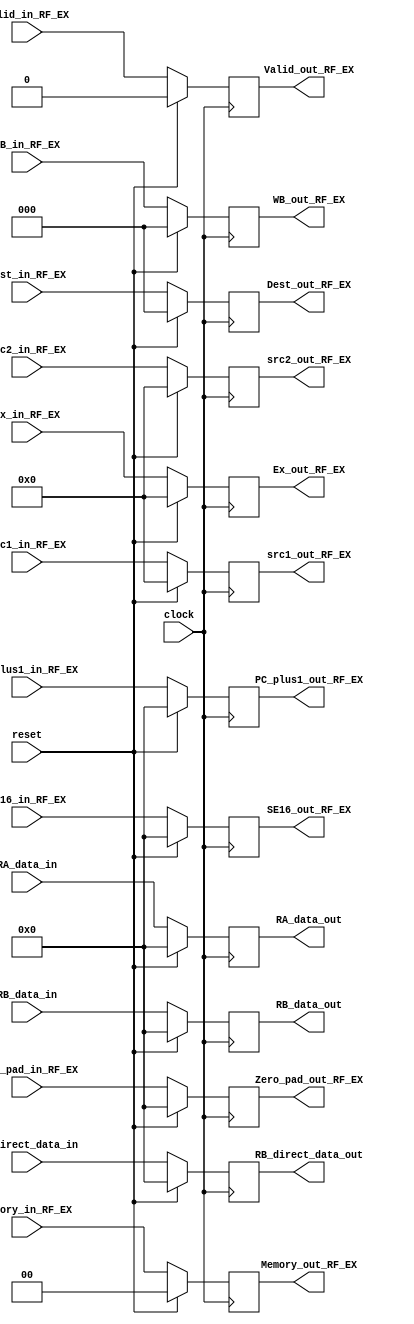
module RF_EX_reg
(
PC_plus1_out_RF_EX,
WB_out_RF_EX,
Memory_out_RF_EX,
Ex_out_RF_EX,
src1_out_RF_EX,
src2_out_RF_EX,
RA_data_out,
RB_data_out,
RB_direct_data_out,
SE16_out_RF_EX,
Zero_pad_out_RF_EX,
Dest_out_RF_EX,
Valid_out_RF_EX,

PC_plus1_in_RF_EX,
WB_in_RF_EX,
Memory_in_RF_EX,
Ex_in_RF_EX,
src1_in_RF_EX,
src2_in_RF_EX,
RA_data_in,
RB_data_in,
RB_direct_data_in,
SE16_in_RF_EX,
Zero_pad_in_RF_EX,
Dest_in_RF_EX,
Valid_in_RF_EX,
clock,
reset
);

output reg [15:0] PC_plus1_out_RF_EX;
output reg [2:0] WB_out_RF_EX;
output reg [1:0] Memory_out_RF_EX;
output reg [3:0] Ex_out_RF_EX;
output reg [3:0] src1_out_RF_EX, src2_out_RF_EX;
output reg [15:0] RA_data_out, RB_data_out, RB_direct_data_out, SE16_out_RF_EX, Zero_pad_out_RF_EX;
output reg [2:0] Dest_out_RF_EX;
output reg Valid_out_RF_EX;



input [15:0] PC_plus1_in_RF_EX;
input [2:0] WB_in_RF_EX;
input [1:0] Memory_in_RF_EX;
input [3:0] Ex_in_RF_EX;
input [3:0] src1_in_RF_EX, src2_in_RF_EX;
input [15:0] RA_data_in, RB_data_in, RB_direct_data_in, SE16_in_RF_EX, Zero_pad_in_RF_EX;
input [2:0] Dest_in_RF_EX;
input Valid_in_RF_EX;
input clock;
input reset;

initial
begin
	PC_plus1_out_RF_EX = 16'b0;
	WB_out_RF_EX = 3'b0;
	Memory_out_RF_EX = 2'b0;
	Ex_out_RF_EX = 4'b0;
	src1_out_RF_EX = 4'b0;
	src2_out_RF_EX = 4'b0;
	RA_data_out = 16'b0;
	RB_data_out = 16'b0;
	RB_direct_data_out = 16'b0;
	SE16_out_RF_EX = 16'b0;
	Zero_pad_out_RF_EX = 16'b0;
	Dest_out_RF_EX = 3'b0;
	Valid_out_RF_EX = 1'b0;
end

always @(posedge clock)
begin
	if(! reset)
		begin
			PC_plus1_out_RF_EX <= PC_plus1_in_RF_EX;
			WB_out_RF_EX <= WB_in_RF_EX;
			Memory_out_RF_EX <= Memory_in_RF_EX;
			Ex_out_RF_EX <= Ex_in_RF_EX;
			src1_out_RF_EX <= src1_in_RF_EX;
			src2_out_RF_EX <= src2_in_RF_EX;
			RA_data_out <= RA_data_in;
			RB_data_out <= RB_data_in;
			RB_direct_data_out <= RB_direct_data_in;
			SE16_out_RF_EX <= SE16_in_RF_EX;
			Zero_pad_out_RF_EX <= Zero_pad_in_RF_EX;
			Dest_out_RF_EX <= Dest_in_RF_EX;
			Valid_out_RF_EX <= Valid_in_RF_EX;
		end
	else
		begin
			PC_plus1_out_RF_EX <= 16'b0;
			WB_out_RF_EX <= 3'b0;
			Memory_out_RF_EX <= 2'b0;
			Ex_out_RF_EX <= 4'b0;
			src1_out_RF_EX <= 4'b0;
			src2_out_RF_EX <= 4'b0;
			RA_data_out <= 16'b0;
			RB_data_out <= 16'b0;
			RB_direct_data_out = 16'b0;
			SE16_out_RF_EX <= 16'b0;
			Zero_pad_out_RF_EX <= 16'b0;
			Dest_out_RF_EX <= 3'b0;
			Valid_out_RF_EX <= 1'b0;
		end
end

endmodule